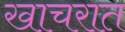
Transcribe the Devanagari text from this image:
खाचरात